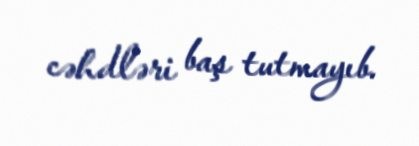
cəhdləri baş tutmayıb.